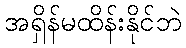
အရှိန်မထိန်းနိုင်ဘဲ